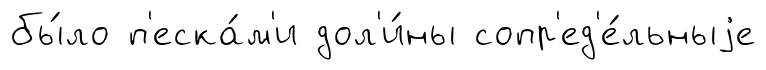
бы́ло п'еска́м'и дол'и́ны сопр'ед'е́льныjе